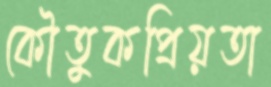
কৌতুকপ্রিয়তা